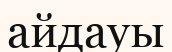
айдауы